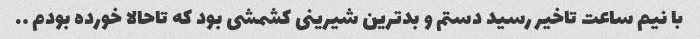
با نیم ساعت تاخیر رسید دستم و بدترین شیرینی کشمشی بود که تاحالا خورده بودم ….